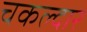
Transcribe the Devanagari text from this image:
चकल्दार